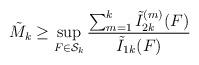
LaTeX: \begin{align*} \tilde{M}_k\ge \sup_{F\in \mathcal{S}_k} \frac{\sum_{m=1}^{k}\tilde{I}_{2k}^{(m)}(F)}{\tilde{I}_{1k}(F)} \end{align*}